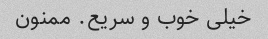
خیلی خوب و سریع. ممنون